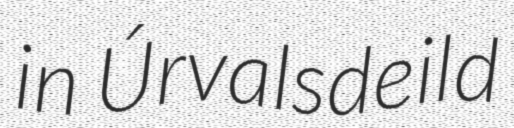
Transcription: in Úrvalsdeild